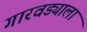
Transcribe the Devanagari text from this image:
गारवड्याला